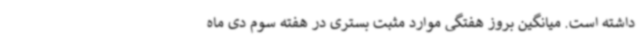
داشته است. میانگین بروز هفتگی موارد مثبت بستری در هفته سوم دی ماه